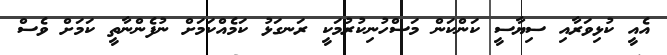
އެއީ ކުޅިވަރާއި ސިޔާސީ ކަންކަން މަސްހުނިކުރުމަކީ ރަނގަޅު ކަމެއްކަމަށް ނުފެންނާތީ ކަމަށް ވެސް